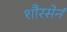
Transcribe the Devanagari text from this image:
शौरसेनं